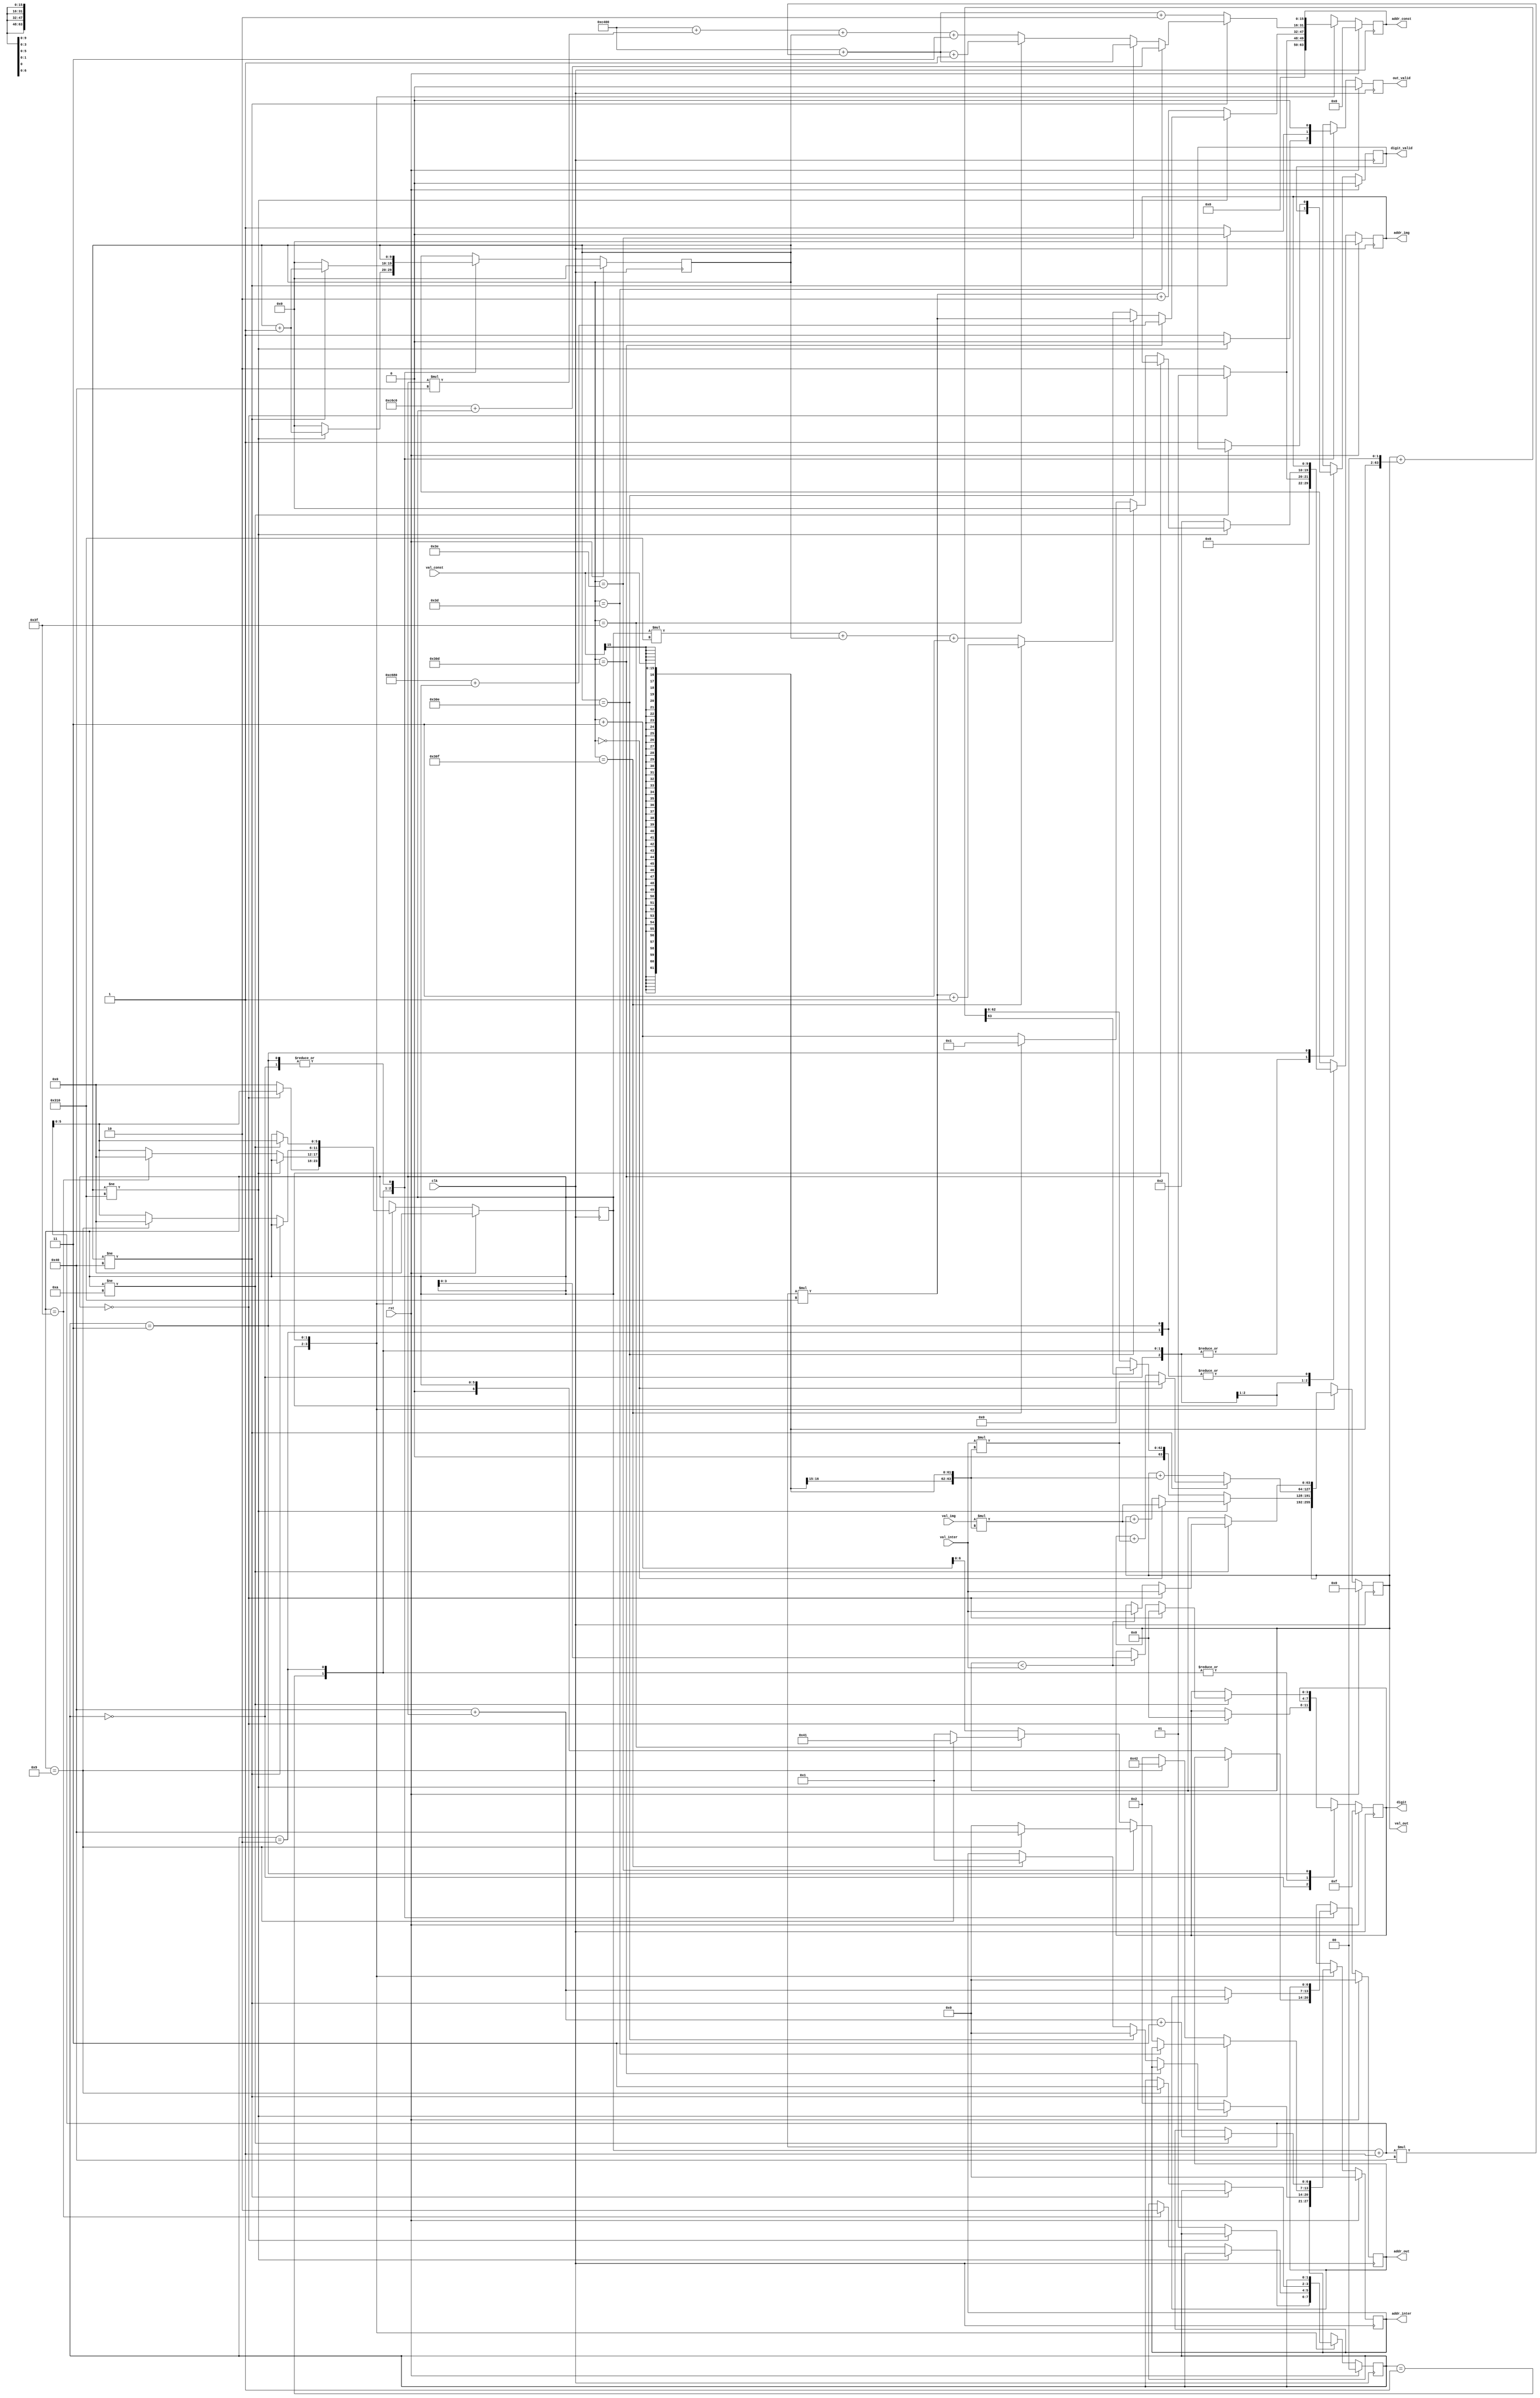
// Calculate the digit recognized by the neural net.

module neural_net(
    input clk,
    input rst,
    // Output 0 to 9.
    // 4'b1111 means not ready.
    // 4'b1110 means calculating.
    output reg [3:0] digit,
    output reg digit_valid,
    /* image memblock */
    output reg [9:0] addr_img /*784*/,
    input val_img,
    /* weights, bias memblock */
    output reg [15:0] addr_const /*50890*/,
    input signed [15:0] val_const,
    /* intermediate value memblock */
    // Read
    output reg [6:0] addr_inter /*74*/,
    input signed [63:0] val_inter,
    // Write
    output reg [6:0] addr_out /*74*/,
    output reg out_valid,
    /* debug start */
//    output reg [1:0] state, 
//    output reg [5:0] i, 
//    output reg [9:0] j,
    /* debug end */
    output reg signed [63:0] val_out
);

    reg [1:0] state; 
    reg [5:0] i; 
    reg [9:0] j; 
    reg [5:0] next_state;
    reg [5:0] next_i;
    reg [9:0] next_j;

    /*
    Input:   28x28 = 784
    Layer1W: 784x64 = 50176
    Layer1B: 64
    Layer2W: 64x10 = 640
    Layer2B: 10
    DIGIT:   [0-9]
    */
    reg [3:0] next_digit;
    reg next_digit_valid;
    reg [9:0] next_addr_img;
    reg [15:0] next_addr_const;
    reg [6:0] next_addr_inter;
    reg [6:0] next_addr_out;
    reg next_out_valid;
    reg signed [63:0] next_val_out;

    parameter S_IDLE =  2'b00;
    parameter S_FIRST = 2'b01;
    parameter S_SECOND =   2'b10;
    parameter S_COMP =    2'b11;
    parameter l1w_idx = 0;
    parameter l2w_idx = 50176;
    parameter l1b_idx = 50816;
    parameter l2b_idx = 50880;
    parameter inter_idx = 64;

    always @(posedge clk) begin
        if (rst) begin
            state <= S_IDLE;
            i <= 0;
            j <= 0;
            digit <= 4'b1111;
            digit_valid <= 0;
            addr_img <= 0;
            addr_const <= 0;
            addr_inter <= 0;
            addr_out <= 0;
            out_valid <= 0;
            val_out <= 0;
        end else begin
            state <= next_state;
            i <= next_i;
            j <= next_j;
            digit <= next_digit;
            digit_valid <= next_digit_valid;
            addr_img <= next_addr_img;
            addr_const <= next_addr_const;
            addr_inter <= next_addr_inter;
            addr_out <= next_addr_out;
            out_valid <= next_out_valid;
            val_out <= next_val_out;
            //$display("out: %d", val_out);
            //if (state == 2 && next_out_valid)
            //    $display("%d", next_val_out);
        end
    end

    always@* begin
        next_state = state;
        next_i = i;
        next_j = j;
        next_digit = digit;
        next_digit_valid = digit_valid;
        next_addr_img = addr_img;
        next_addr_const = addr_const;
        next_addr_inter = addr_inter;
        next_addr_out = addr_out;
        next_out_valid = 1'b0;
        next_val_out = val_out;
        //state
        case (state)
        S_IDLE: begin
            if (i == 0) begin
                next_digit = 4'b0000;
                next_addr_img = 10'b1;
                next_addr_const = 16'b1;
                next_i = i + 1;
            end else begin
                next_addr_img = 10'd2;
                next_addr_const = 16'd2;
                next_i = 0;
                next_state = S_FIRST;
            end
        end
        S_FIRST: begin
            if (j != 784) begin
                // Determine next addresses.
                if (j == 781) begin
                    //next_addr_img = x;
                    next_addr_const = l1b_idx + i;
                end else if (j == 782) begin
                    next_addr_img = 10'b0;
                    next_addr_const = (i + 1) * 784;
                    // For S_SECOND
                    next_addr_inter = 7'b0;
                end else if (j == 783) begin
                    next_addr_img = 10'b1;
                    next_addr_const = (i + 1) * 784 + 1;
                    // For S_SECOND
                    next_addr_inter = 7'b1;
                end else begin
                    next_addr_img = j + 3;//1;
                    next_addr_const = i * 784 + j + 3;//1;
                end
                // Add weights.
                if (j == 0) begin
                    next_val_out = {48'b0, val_img} * {{48{val_const[15]}}, val_const};
                    //next_val_out = val_img * val_const;
                    //$display("init %d*%d=%d", val_img, val_const, next_val_out);
                end else begin
                    next_val_out = val_out + {48'b0, val_img} * {{48{val_const[15]}}, val_const};
                    //next_val_out = next_val_out + val_img * val_const;
                    //$display("%d, %d add %d*%d=%d", i, j, val_img, val_const, next_val_out);
                end
                next_j = j + 1;
            end else /*j == 784*/ begin
                // Determine nexts.
                next_addr_img = 10'd2;
                next_addr_const = (i + 1) * 784 + 2;
                // For S_SECOND
                next_addr_inter = 7'd2;
                // Add bias.
                next_val_out = next_val_out + {{46{val_const[15]}}, val_const, 2'b0};
                //$display("bias ?+%d=%d", val_const, next_val_out);
                //next_val_out = next_val_out + (val_const << 2);
                //next_val_out = next_val_out[63] == 1'b1 ? 64'b0 : next_val_out;
                next_val_out = next_val_out[63] == 1'b1 ? 64'b0 : next_val_out;
                //$display("relu %d->%d", val_out, next_val_out);
                next_addr_out = i;
                next_out_valid = 1'b1;
                if (i == 63) begin
                    next_i = 0;
                    next_j = 0;
                    next_state = S_SECOND;
                end else begin
                    next_i = i + 1;
                    next_j = 0;
                end
            end
        end
        S_SECOND: begin
            if (j != 64) begin
                // Determine next addresses.
                if (j == 61) begin
                    //next_addr_inter = x;
                    next_addr_const = l2b_idx + i;
                end else if (j == 62) begin
                    next_addr_inter = 7'b0;
                    next_addr_const = l2w_idx + (i + 1) * 64;
                    // For S_COMP
                    if (i == 9)
                        next_addr_inter = inter_idx;
                end else if (j == 63) begin
                    next_addr_inter = 7'b1;
                    next_addr_const = l2w_idx + (i + 1) * 64 + 1;
                    // For S_COMP
                    if (i == 9)
                        next_addr_inter = inter_idx + 1;
                end else begin
                    next_addr_inter = j + 3;//1;
                    next_addr_const = l2w_idx + i * 64 + j + 3;//1;
                end
                // Add weights.
                if (j == 0) begin
                    next_val_out = val_inter * {{48{val_const[15]}}, val_const};
                    //next_val_out = val_img * val_const;
                    //$display("init %d*%d=%d", val_inter, val_const, next_val_out);
                end else begin
                    next_val_out = val_out + val_inter * {{48{val_const[15]}}, val_const};
                    //next_val_out = next_val_out + val_img * val_const;
                    //$display("%d, %d add %d*%d=%d", i, j, val_inter, val_const, next_val_out);
                end
                next_j = j + 1;
            end else /*j == 64*/ begin
                // Determine nexts.
                next_addr_inter = 7'd2;
                next_addr_const = l2w_idx + (i + 1) * 64 + 2;
                // For S_COMP
                if (i == 9)
                    next_addr_inter = inter_idx + 2;
                // Add bias.
                next_val_out = next_val_out + {{48{val_const[15]}}, val_const};
                //$display("bias ?+%d=%d", val_const, next_val_out);
                // No ReLu.
                //$display("relu %d->%d", val_out, next_val_out);
                next_addr_out = inter_idx + i;
                next_out_valid = 1'b1;
                if (i == 9) begin
                    next_i = 0;
                    next_j = 0;
                    next_state = S_COMP;
                end else begin
                    next_i = i + 1;
                    next_j = 0;
                end
            end
        end
        S_COMP: begin
            if (i != 10) begin
                if (i == 0) begin
                    next_digit = 4'd0;
                    next_val_out = val_inter;
                end else if (val_out < val_inter) begin
                    next_digit = i;
                    next_val_out = val_inter;
                end
                //$display("%d=%d", i, val_inter);
                next_addr_inter = inter_idx + i + 3;
                next_i = i + 1;
            end else begin
                next_digit_valid = 1'b1;
                //$display("digit=%d", digit);
                //$finish;
            end
        end
        endcase
    end
endmodule